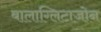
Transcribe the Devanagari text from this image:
बालाग्लिटाजोन